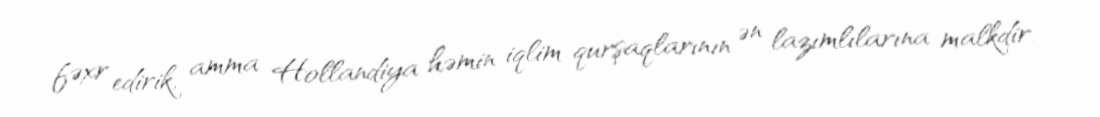
fəxr edirik, amma Hollandiya həmin iqlim qurşaqlarının ən lazımlılarına malkdir.